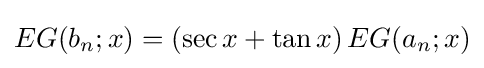
EG(b_{n};x)=(\sec x+\tan x)\,EG(a_{n};x)